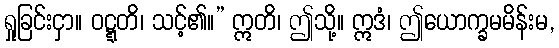
ရှုခြင်းငှာ။ ဝဋ္ဋတိ၊ သင့်၏။” ဣတိ၊ ဤသို့။ ဣဒံ၊ ဤယောက္ခမမိန်းမ,